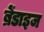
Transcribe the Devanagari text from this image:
ब्रेंडाइज